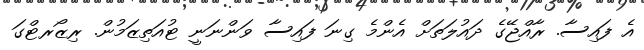
އެ ފައިސާ. ރާއްޖޭގެ ދައުލަތަށް އެންމެ ގިނަ ފައިސާ ވަންނަނީ ޓުއަތިޒަމުން. ރިޒޯރޓްގަ